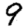
Digit: 9